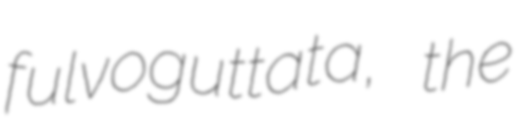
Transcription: fulvoguttata, the